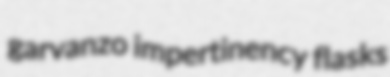
garvanzo impertinency flasks